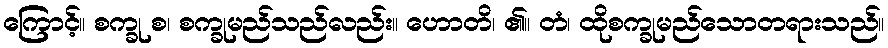
ကြောင့်။ စက္ခု စ၊ စက္ခုမည်သည်လည်း။ ဟောတိ၊ ၏။ တံ၊ ထိုစက္ခုမည်သောတရားသည်။